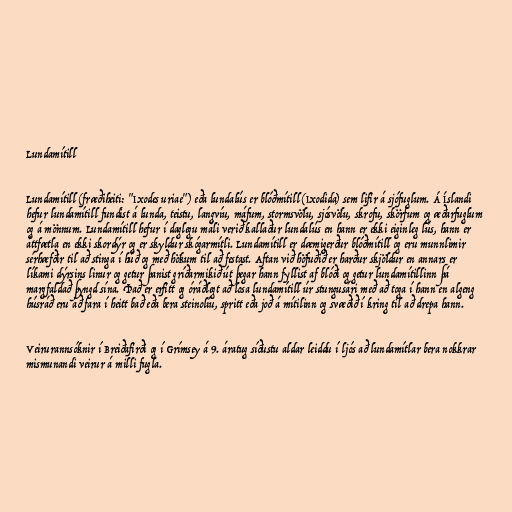
Lundamítill

Lundamítill (fræðiheiti: "Ixodes uriae") eða lundalús er blóðmítill (Ixodida) sem lifir á sjófuglum. Á Íslandi
hefur lundamítill fundist á lunda, teistu, langvíu, máfum, stormsvölu, sjósvölu, skrofu, skörfum og æðarfuglum
og á mönnum. Lundamítill hefur í daglegu máli verið kallaður lundalús en hann er ekki eiginleg lús, hann er
áttfætla en ekki skordýr og er skyldur skógarmítli. Lundamítill er dæmigerður blóðmítill og eru munnlimir
sérhæfðir til að stinga í húð og með hökum til að festast. Aftan við höfuðið er harður skjöldur en annars er
líkami dýrsins linur og getur þanist gríðarmikið út þegar hann fyllist af blóði og getur lundamítillinn þá
margfaldað þyngd sína. Það er erfitt og óráðlegt að losa lundamítill úr stungusári með að toga í hann en algeng
húsráð eru að fara í heitt bað eða bera steinolíu, spritt eða joð á mítilinn og svæðið í kring til að drepa hann.

Veirurannsóknir í Breiðafirði og í Grímsey á 9. áratug síðustu aldar leiddu í ljós að lundamítlar bera nokkrar
mismunandi veirur á milli fugla.